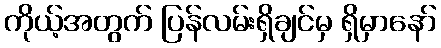
ကိုယ့်အတွက် ပြန်လမ်းရှိချင်မှ ရှိမှာနော်